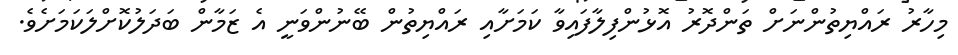
މިހާރު ރައްޔިތުންނަށް ތަންދޮރު އޮޅުންފިލާފައިވާ ކަމަށާއި ރައްޔިތުން ބޭނުންވަނީ އެ ޒަމާން ބަދަލުކޮށްލަކަމަށެވެ.